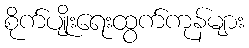
စိုက်ပျိုးရေးထွက်ကုန်များ